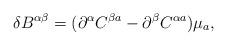
LaTeX: \begin{align*}\delta B^{\alpha\beta}=(\partial^\alpha C^{\beta a}-\partial^\beta C^{\alpha a})\mu_a,\end{align*}